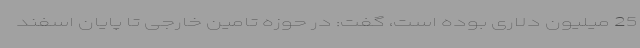
25 میلیون دلاری بوده است، گفت: در حوزه تامین خارجی تا پایان اسفند